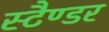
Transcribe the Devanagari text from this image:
स्टैण्डर